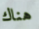
هناك